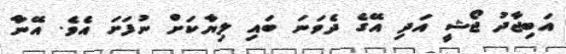
އަބިޖާދު ޖޯޝީ އަދި އޭގެ ދެވަނަ ބައި ލިޔާކަށް ނުފަށަ އެވެ. އޭނާ